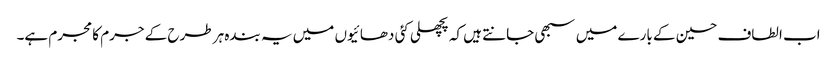
اب الطاف حسین کے بارے میں سبھی جانتے ہیں کہ پچھلی کئی دھائیوں میں یہ بندہ ہر طرح کے جرم کا مجرم ہے۔